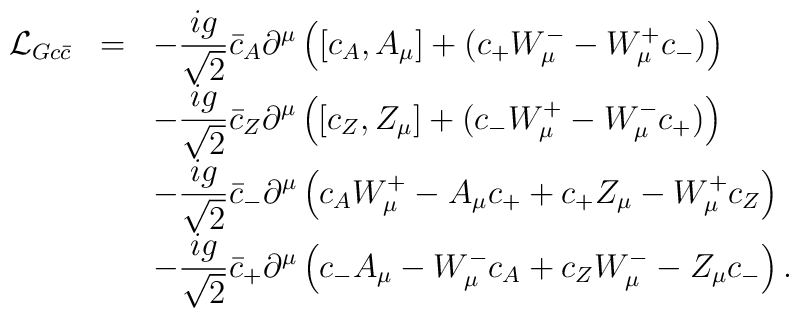
\begin{array}{rcl}{\cal L}_{G c\bar{c}}&=&\displaystyle-\frac{ig}{\sqrt{2}}\bar{c}_A\partial^{\mu}\left([c_A,A_{\mu}]+(c_+W^-_{\mu}-W^+_{\mu}c_-)\right)\\&&\displaystyle-\frac{ig}{\sqrt{2}}\bar{c}_Z\partial^{\mu}\left([c_Z,Z_{\mu}]+(c_-W^+_{\mu}-W^-_{\mu}c_+)\right)\\&&\displaystyle-\frac{ig}{\sqrt{2}}\bar{c}_-\partial^{\mu}\left(c_A W^+_{\mu}-A_{\mu}c_+ +c_+Z_{\mu}-W^+_{\mu}c_Z\right)\\&&\displaystyle-\frac{ig}{\sqrt{2}}\bar{c}_+\partial^{\mu}\left(c_-A_{\mu} -W^-_{\mu}c_A +c_ZW^-_{\mu} -Z_{\mu}c_-\right).\end{array}